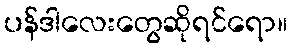
ပန်ဒါလေးတွေဆိုရင်ရော။